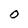
Character: O